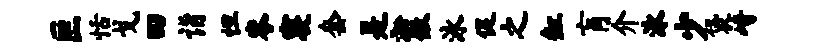
叵恬戈曰诣怛岑寝套是淞徽泳促之缸肓介泳少袋崎